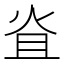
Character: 𤇙